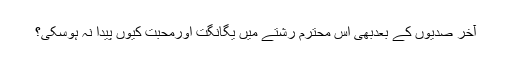
آخر صدیوں کے بعدبھی اس محترم رشتے میں یگانگت اورمحبت کیوں پیدا نہ ہوسکی؟